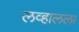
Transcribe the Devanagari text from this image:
लव्हालला